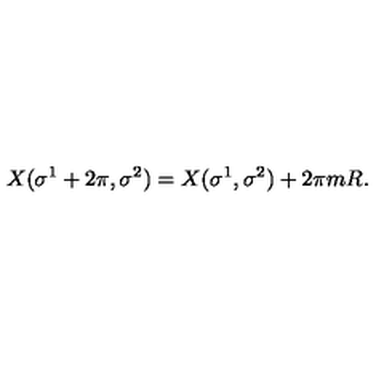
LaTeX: X ( \sigma ^ { 1 } + 2 \pi , \sigma ^ { 2 } ) = X ( \sigma ^ { 1 } , \sigma ^ { 2 } ) + 2 \pi m R .